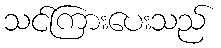
သင်ကြားပေးသည်